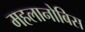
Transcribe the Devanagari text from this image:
महलानोबिस